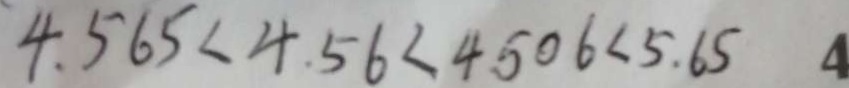
4 . 5 6 5 < 4 . 5 6 < 4 5 0 6 < 5 . 6 5 4